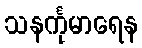
သနင်္ကုမာရေန